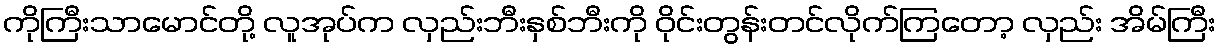
ကိုကြီးသာမောင်တို့ လူအုပ်က လှည်းဘီးနှစ်ဘီးကို ဝိုင်းတွန်းတင်လိုက်ကြတော့ လှည်း အိမ်ကြီး